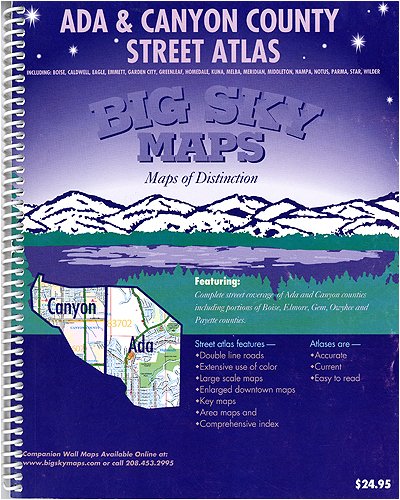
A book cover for Ada & Canyon County Street Atlas (Southwest Idaho Street Atlas Series); Travel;